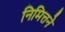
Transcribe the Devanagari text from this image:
निमित्तने